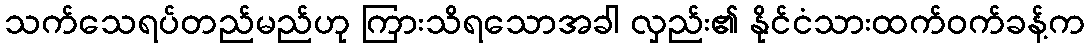
သက်သေရပ်တည်မည်ဟု ကြားသိရသောအခါ လှည်း၏ နိုင်ငံသားထက်ဝက်ခန့်က